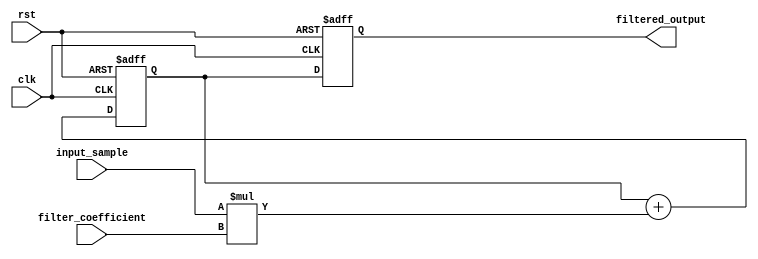
module iir_filter_accumulator (
  input wire clk,
  input wire rst,
  input wire signed [15:0] input_sample,
  input wire signed [15:0] filter_coefficient,
  output reg signed [15:0] filtered_output
);

reg signed [15:0] accumulator;

always @(posedge clk or posedge rst) begin
  if (rst) begin
    accumulator <= 16'b0;
    filtered_output <= 16'b0;
  end else begin
    accumulator <= accumulator + (input_sample * filter_coefficient);
    filtered_output <= accumulator;
  end
end

endmodule